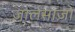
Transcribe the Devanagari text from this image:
जालसाज़ों